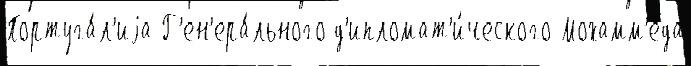
Португа́л'иjа Г'ен'ера́льного д'ипломат'и́ческого Мохамм'еда